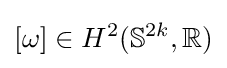
[\omega ]\in H^{2}(\mathbb {S} ^{2k},\mathbb {R} )